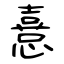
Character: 憙